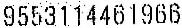
9553114461966